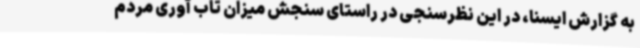
به گزارش ایسنا، در این نظرسنجی در راستای سنجش میزان تاب آوری مردم